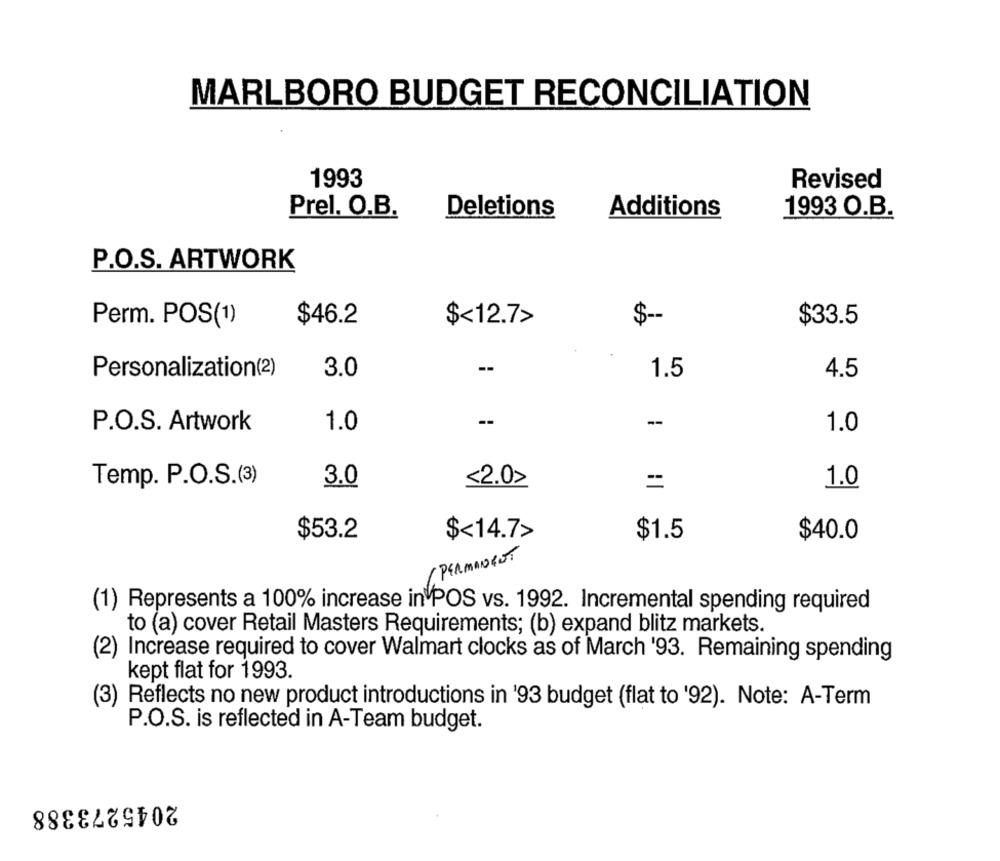
MARLBORO BUDGET RECONCILIATION
1993
Revised
Prel. O.B.
Deletions
Additions
1993 O.B.
P.O.S. ARTWORK
$<12.7>
$-
Perm. POS(1)
$46.2
$33.5
--
Personalization(2)
3.0
1.5
4.5
--
-
P.O.S. Artwork
1.0
1.0
Temp. P.O.S.(3)
3.0
<2.0>
=
1.0
$53.2
$<14.7>
$1.5
$40.0
( PERMANENT
(1) Represents a 100% increase in POS vs. 1992. Incremental spending required
to (a) cover Retail Masters Requirements; (b) expand blitz markets.
(2) Increase required to cover Walmart clocks as of March '93. Remaining spending
kept flat for 1993.
(3) Reflects no new product introductions in '93 budget (flat to '92). Note: A-Term
P.O.S. is reflected in A-Team budget.
2045273388